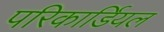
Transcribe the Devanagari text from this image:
परिकार्डियल